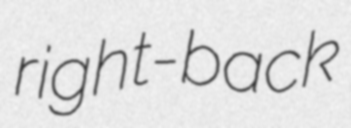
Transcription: right-back